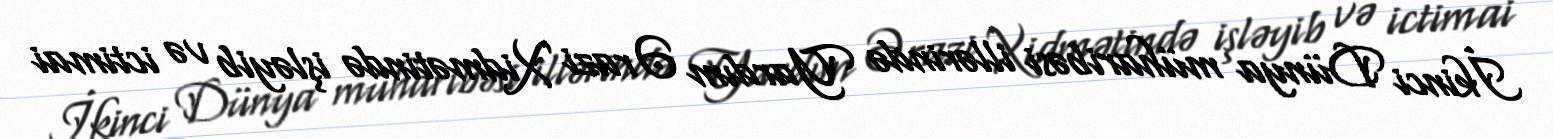
İkinci Dünya müharibəsi illərində Yardım Ərazi Xidmətində işləyib və ictimai